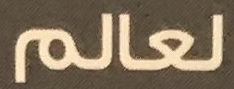
لعالم